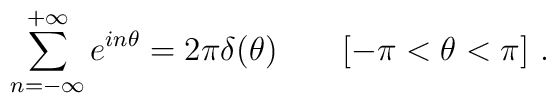
\sum_{n=-\infty}^{+\infty}e^{in\theta}	=2\pi\delta(\theta)\qquad [-\pi<\theta<\pi]\ .